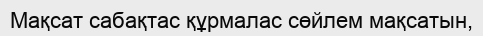
Мақсат сабақтас құрмалас сөйлем мақсатын,